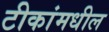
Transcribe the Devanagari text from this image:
टीकांमधील